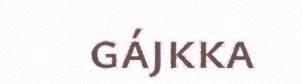
gájkka